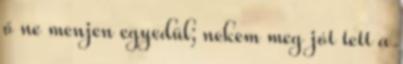
ő ne menjen egyedül; nekem meg jót tett a